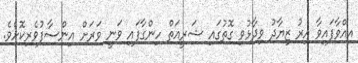
އިއްވާފައިވާ އިރު ޒިޔާދު ވިދާޅުވި ގޮތުގައި ޝަރީއަތް ހިންގާފައި ވަނީ ވަރަށް އިންސާފުވެރިކޮށެވެ.